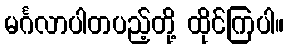
မင်္ဂလာပါတပည့်တို့ ထိုင်ကြပါ။